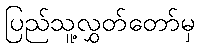
ပြည်သူ့လွှတ်တော်မှ